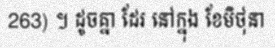
263) ។ ដូចគ្នា ដែរ នៅក្នុង ខែមិថុនា